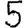
Digit: 5